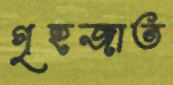
গৃহজাত